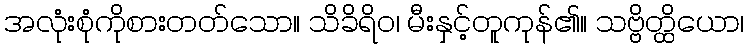
အလုံးစုံကိုစားတတ်သော။ သိခိရိဝ၊ မီးနှင့်တူကုန်၏။ သဗ္ဗိတ္ထိယော၊